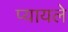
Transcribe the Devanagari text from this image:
प्यायले